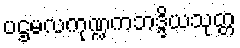
ပဌမလကုဏ္ဍကဘဒ္ဒိယသုတ္တ